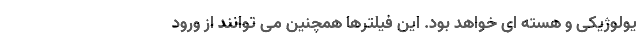
یولوژیکی و هسته ای خواهد بود. این فیلترها همچنین می توانند از ورود